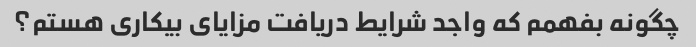
چگونه بفهمم که واجد شرایط دریافت مزایای بیکاری هستم؟